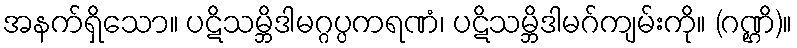
အနက်ရှိသော။ ပဋိသမ္ဘိဒါမဂ္ဂပ္ပကရဏံ၊ ပဋိသမ္ဘိဒါမဂ်ကျမ်းကို။ (ဂဏ္ဌိ)။